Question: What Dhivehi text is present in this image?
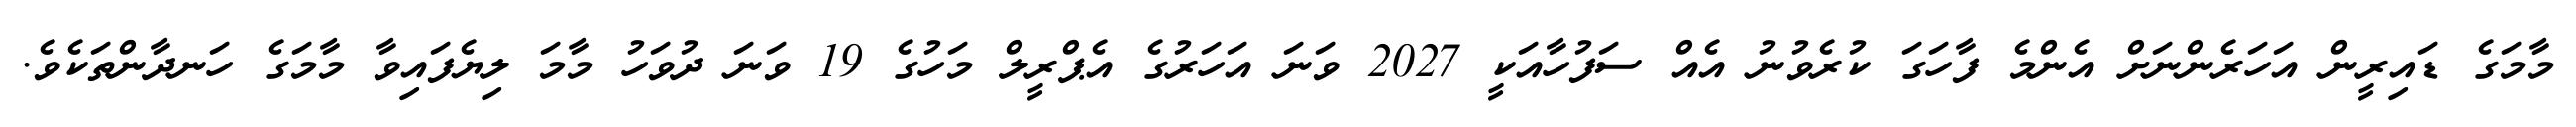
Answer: މާމަގެ ޑައިރީން އަހަރެންނަށް އެންމެ ފާހަގަ ކުރެވުނު އެއް ސަފުހާއަކީ 2027 ވަނަ އަހަރުގެ އެޕްރީލް މަހުގެ 19 ވަނަ ދުވަހު މާމަ ލިޔެފައިވާ މާމަގެ ހަނދާންތަކެވެ.